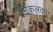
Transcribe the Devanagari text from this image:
निकलवाए